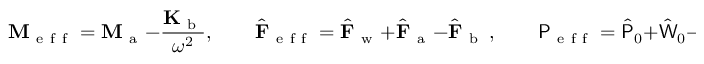
\mathbf { M } _ { \mathrm { ~ e ~ f ~ f ~ } } = \mathbf { M } _ { \mathrm { ~ a ~ } } - \frac { \mathbf { K } _ { \mathrm { ~ b ~ } } } { \omega ^ { 2 } } , \qquad \hat { \mathbf { F } } _ { \mathrm { ~ e ~ f ~ f ~ } } = \hat { \mathbf { F } } _ { \mathrm { ~ w ~ } } + \hat { \mathbf { F } } _ { \mathrm { ~ a ~ } } - \hat { \mathbf { F } } _ { \mathrm { ~ b ~ } } \, , \qquad \mathsf { P } _ { \mathrm { ~ e ~ f ~ f ~ } } = \hat { \mathsf { P } } _ { 0 } + \hat { \mathsf { W } } _ { 0 } - \hat { \mathsf { K } } _ { 0 } = \frac { 3 } { 2 } \hat { \mathsf { W } } _ { 0 } = - \frac { 3 } { 8 } \hat { \mathbf { F } } _ { \mathrm { ~ I ~ } } ^ { \dagger } \mathbf { A } \hat { \mathbf { F } } _ { \mathrm { ~ I ~ } } \, .